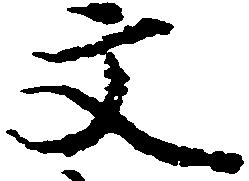
文